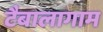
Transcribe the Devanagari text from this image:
टैबालागाम